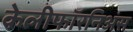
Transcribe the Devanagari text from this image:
केलीफॉरनिअंस